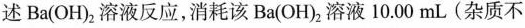
述Ba(OH)_{2}溶液反应，消耗该Ba(OH)_{2}溶液10.00mL(杂质不